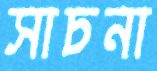
সাচনা